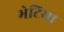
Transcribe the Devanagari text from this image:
भेटिया